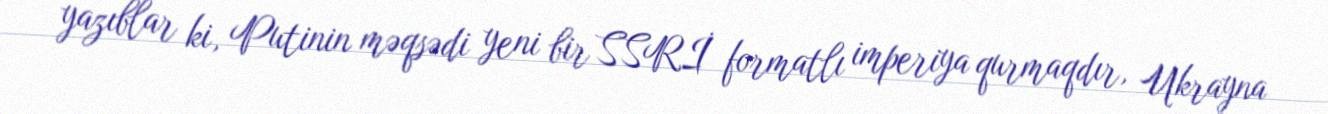
yazıblar ki, Putinin məqsədi yeni bir SSRİ formatlı imperiya qurmaqdır, Ukrayna